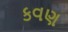
કવણ